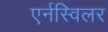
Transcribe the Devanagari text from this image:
एर्नस्विलर